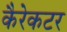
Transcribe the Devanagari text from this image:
कैरेकटर